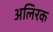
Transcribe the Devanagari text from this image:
अलिरक